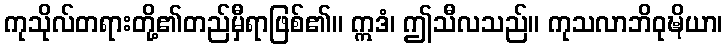
ကုသိုလ်တရားတို့၏တည်မှီရာဖြစ်၏။ ဣဒံ၊ ဤသီလသည်။ ကုသလာဘိဝုဍ္ဎိယာ၊